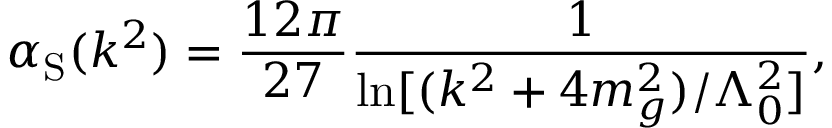
\alpha _ { \mathrm S } ( k ^ { 2 } ) = { \frac { 1 2 \pi } { 2 7 } } { \frac { 1 } { \ln [ ( k ^ { 2 } + 4 m _ { g } ^ { 2 } ) / \Lambda _ { 0 } ^ { 2 } ] } } ,